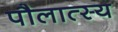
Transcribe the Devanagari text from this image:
पौलात्स्य